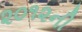
૨૦૧૨ની